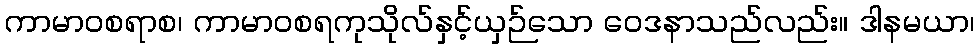
ကာမာဝစရာစ၊ ကာမာဝစရကုသိုလ်နှင့်ယှဉ်သော ဝေဒနာသည်လည်း။ ဒါနမယာ၊